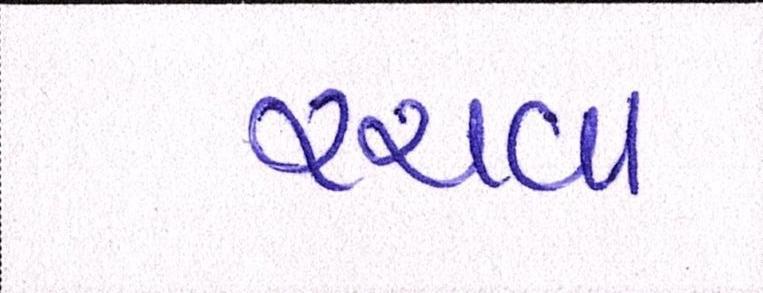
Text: રચવા